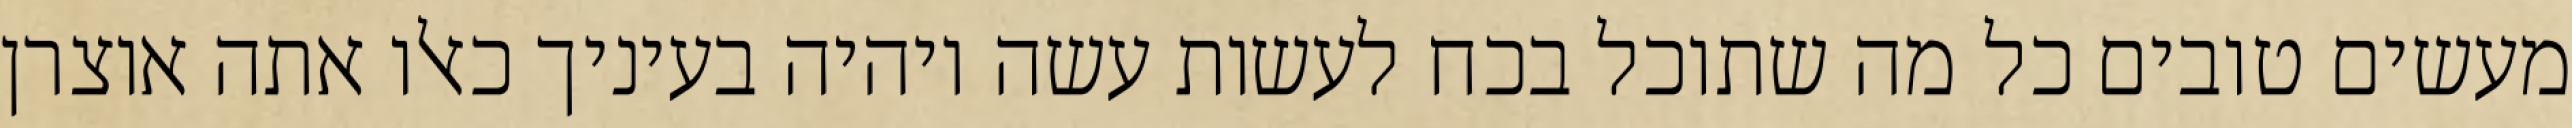
מעשים טובים כל מה שתוכל בכח לעשות עשה ויהיה בעיניך כאלו אתה אוצרן